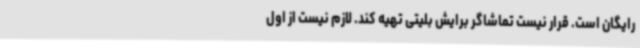
رایگان است. قرار نیست تماشاگر برایش بلیتی تهیه کند. لازم نیست از اول